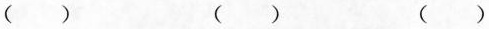
() () ()